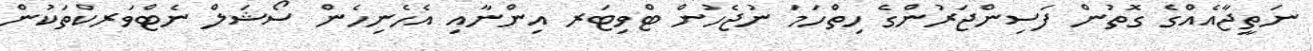
ނަތީޖާއެއްގެ ގޮތުން ފަސިންޖަރުންގެ ހިތްހަމަ ނުޖެހުން ޓްވިޓަރ އިންނާއި އެހެނިހެން ސޯޝަލް ނެޓްވަރކްތަކުން